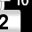
Digit: 2